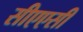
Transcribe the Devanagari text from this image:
सीएएसी